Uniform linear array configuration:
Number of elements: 8
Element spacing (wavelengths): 1
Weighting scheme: hann
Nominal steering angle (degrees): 60
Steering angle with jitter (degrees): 60.139
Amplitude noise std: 0.05
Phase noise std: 0.05

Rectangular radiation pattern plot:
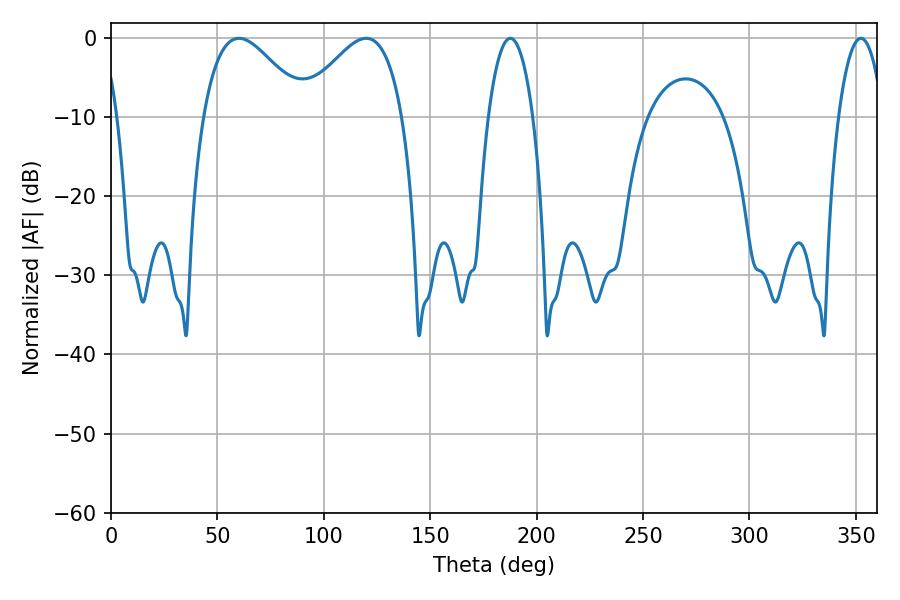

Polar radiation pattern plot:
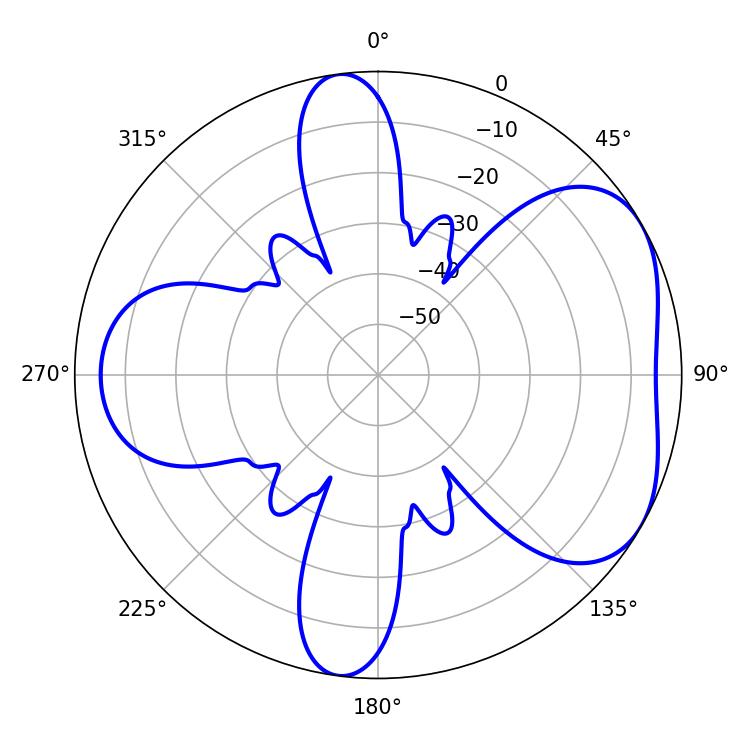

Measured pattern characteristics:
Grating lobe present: TRUE
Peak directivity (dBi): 4.842
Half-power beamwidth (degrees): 25.92
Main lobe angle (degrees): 60.12